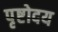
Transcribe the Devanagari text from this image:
पृष्टोदय